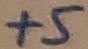
Text: +5